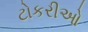
ટોકરીઓ